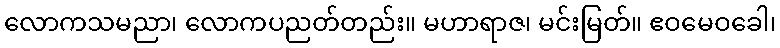
လောကသမညာ၊ လောကပညတ်တည်း။ မဟာရာဇ၊ မင်းမြတ်။ ဧဝမေဝခေါ၊